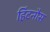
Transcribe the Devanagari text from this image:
हिंटनौस